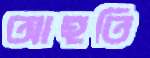
আহতি